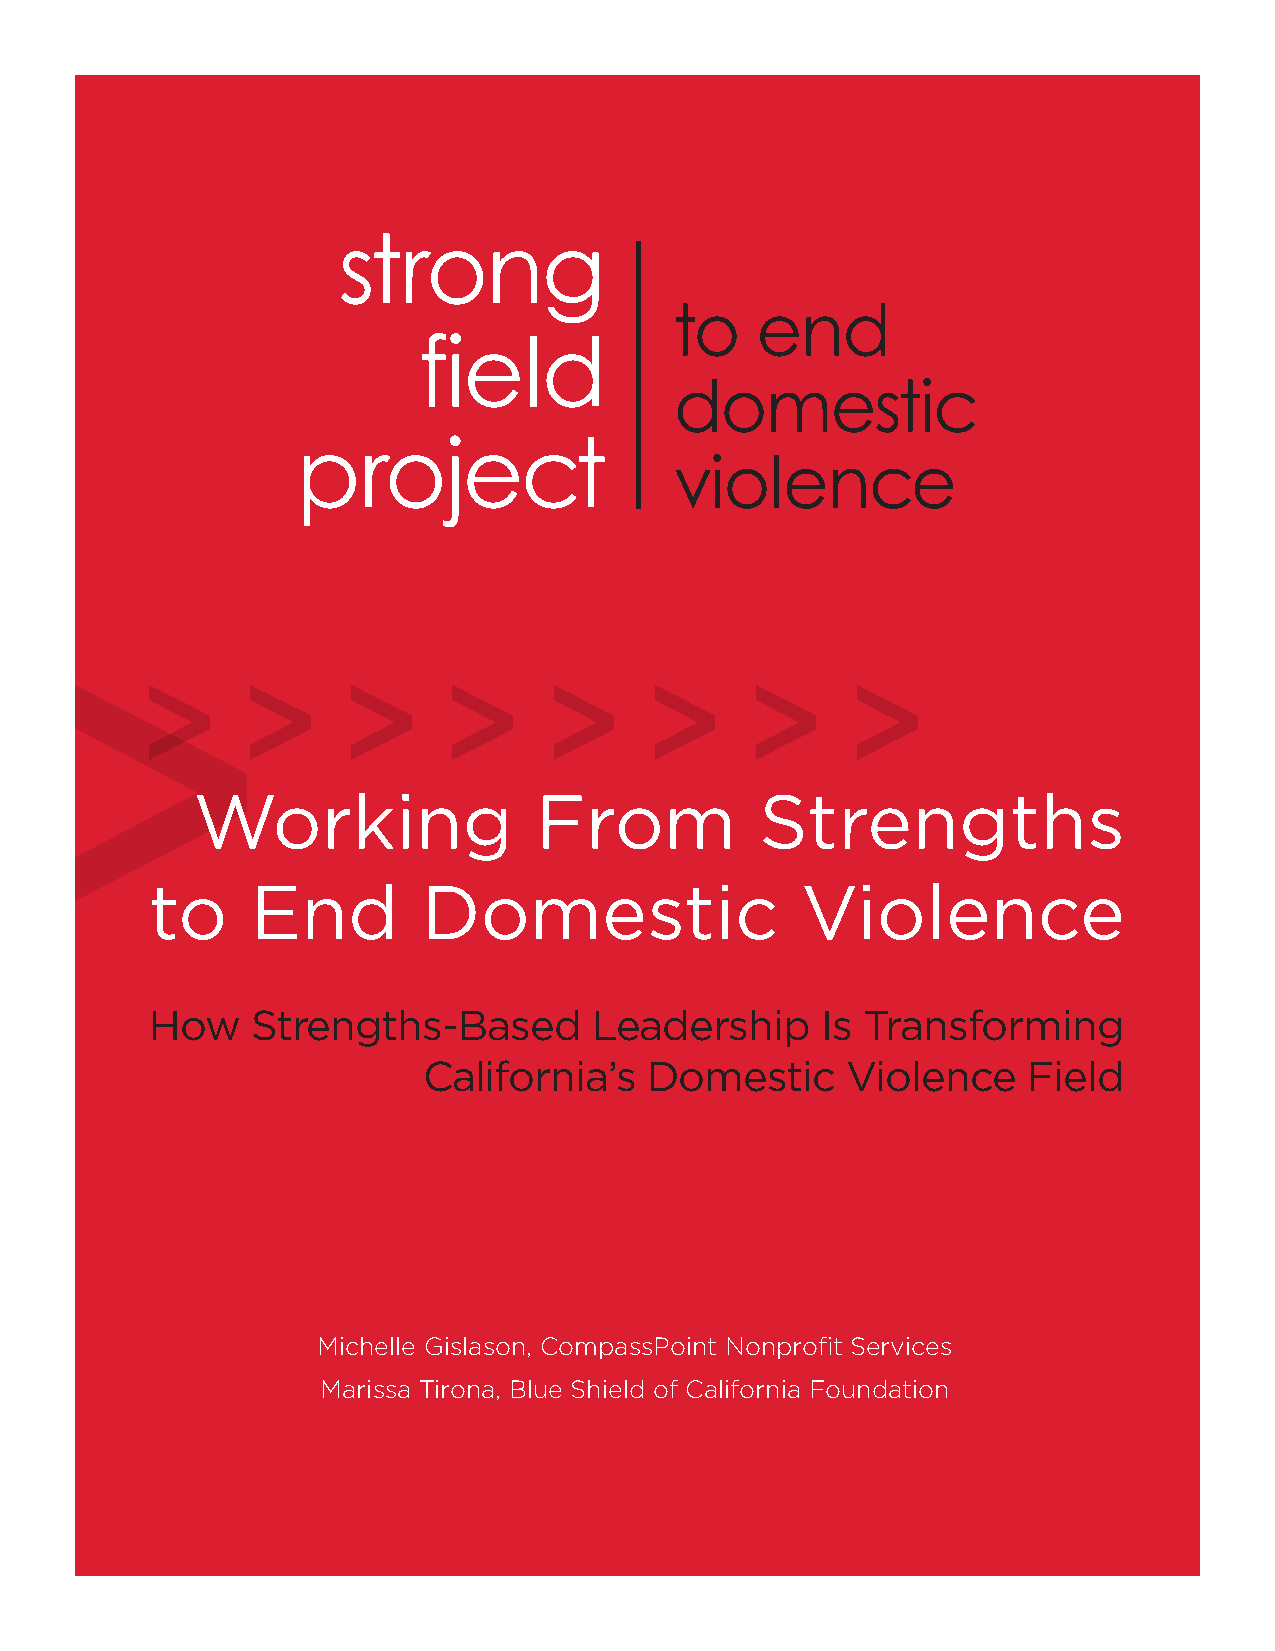
Working               From           Strengths
 to     End        Domestic                 Violence
 How    Strengths-Based       Leadership     Is Transforming
 California’s   Domestic     Violence    Field
 Michelle Gislason, CompassPoint Nonprofit Services
 Marissa Tirona, Blue Shield of California Foundation